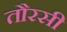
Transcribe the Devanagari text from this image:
तौरसी